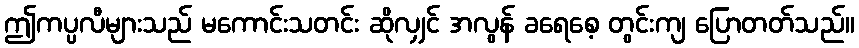
ဤကပ္ပလီများသည် မကောင်းသတင်း ဆိုလျှင် အလွန် ခရေစေ့ တွင်းကျ ပြောတတ်သည်။